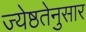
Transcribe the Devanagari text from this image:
ज्येष्ठतेनुसार